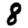
Digit: 8